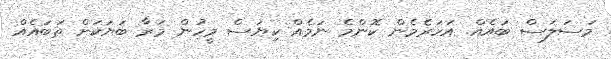
މަސަލަސް ބައެއް. އަހަރެމެން ކޮންމެ ނަމެއް ކިޔަސް މީހުން މަރާ ބަޔަކަށް ތަބައެއް